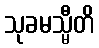
သုခမသ္မီတိ